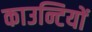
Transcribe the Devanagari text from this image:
काउन्टियों